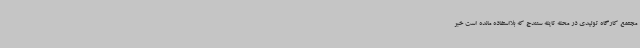
مجتمع کارگاه تولیدی در محله تایله سنندج که بلااستفاده مانده است خبر